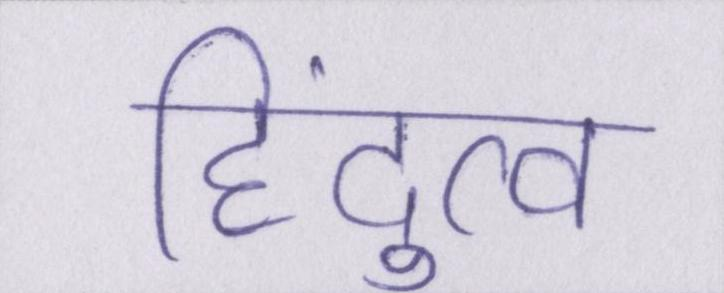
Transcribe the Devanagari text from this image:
हिंदुत्व